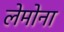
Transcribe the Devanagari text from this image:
लेमोना